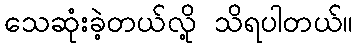
သေဆုံးခဲ့တယ်လို့ သိရပါတယ်။